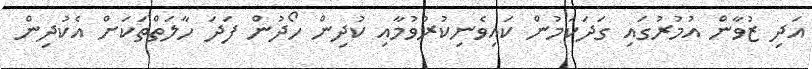
އަދި ޒުވާން އުމުރުގައި ގަދަކަމުން ކައިވެނިކުރުވުމާއި ކުދިން ހޯދުން ފަދަ ހާލަތްތަކަށް އެކުދިން